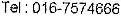
TEL : 016-7574666